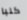
كلبا